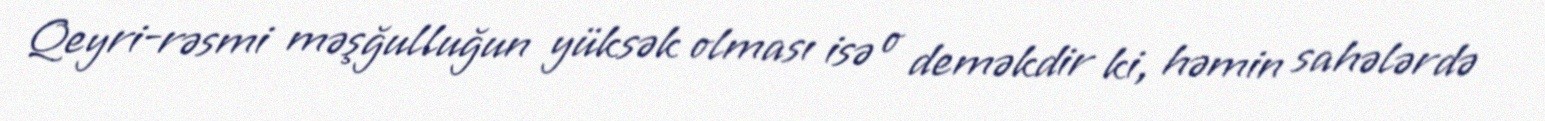
Qeyri-rəsmi məşğulluğun yüksək olması isə o deməkdir ki, həmin sahələrdə